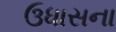
ઉધાસના